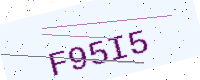
Text: F95I5